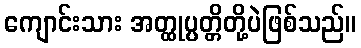
ကျောင်းသား အတ္ထုပ္ပတ္တိတို့ပဲဖြစ်သည်။